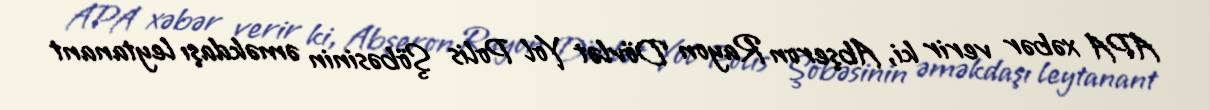
APA xəbər verir ki, Abşeron Rayon Dövlət Yol Polis Şöbəsinin əməkdaşı leytanant